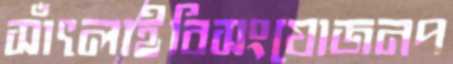
সাঁৎলাইবিসংযোজনপ